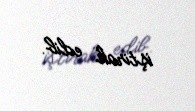
iştirak edib.